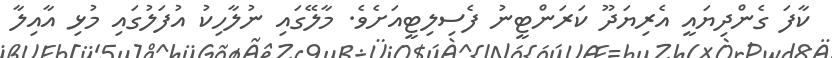
ކާފަ ގެންދިޔައީ އެރިޔަދޫ ކަރަންޓީނު ފެސިލިޓީއަށެވެ. މާލޭގައި ނުލާހިކު އުފަލުގައި މުޅި އާއިލާ